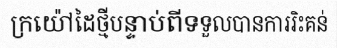
ក្រយ៉ៅដៃថ្មីបន្ទាប់ពីទទួលបានការរិះគន់